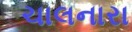
ચાલનારા